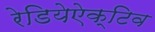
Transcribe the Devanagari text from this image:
रेडियेऐक्टिव